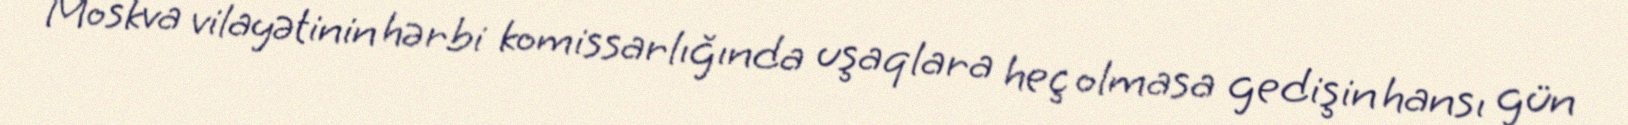
Moskva vilayətinin hərbi komissarlığında uşaqlara heç olmasa gedişin hansı gün